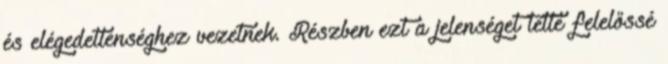
és elégedetlenséghez vezetnek. Részben ezt a jelenséget tette felelőssé